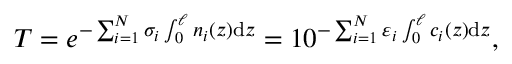
T = e ^ { - \sum _ { i = 1 } ^ { N } \sigma _ { i } \int _ { 0 } ^ { \ell } n _ { i } ( z ) \mathrm { d } z } = 1 0 ^ { - \sum _ { i = 1 } ^ { N } \varepsilon _ { i } \int _ { 0 } ^ { \ell } c _ { i } ( z ) \mathrm { d } z } ,